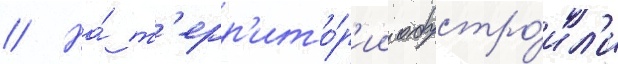
// На́ т'ерр'ито́р'ии обустро́ил'и